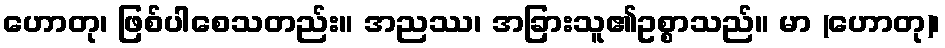
ဟောတု၊ ဖြစ်ပါစေသတည်း။ အညဿ၊ အခြားသူ၏ဥစ္စာသည်။ မာ (ဟောတု)၊